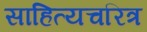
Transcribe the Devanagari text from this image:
साहित्यचरित्र